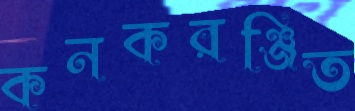
কনকরঞ্জিত